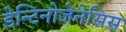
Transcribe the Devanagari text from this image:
डेन्टिनोजेनेसिस